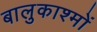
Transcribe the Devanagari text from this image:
बालुकाश्मों